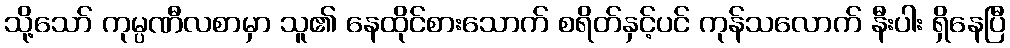
သို့သော် ကုမ္ပဏီလစာမှာ သူ၏ နေထိုင်စားသောက် စရိတ်နှင့်ပင် ကုန်သလောက် နီးပါး ရှိနေပြီ